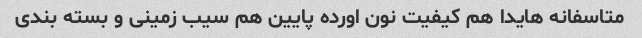
متاسفانه هایدا هم کیفیت نون اورده پایین هم سیب زمینی و بسته بندی